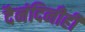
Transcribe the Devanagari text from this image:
दैनंदिनीही